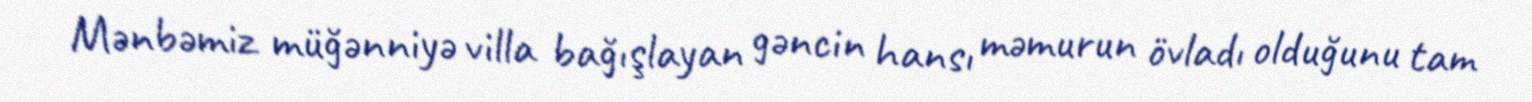
Mənbəmiz müğənniyə villa bağışlayan gəncin hansı məmurun övladı olduğunu tam